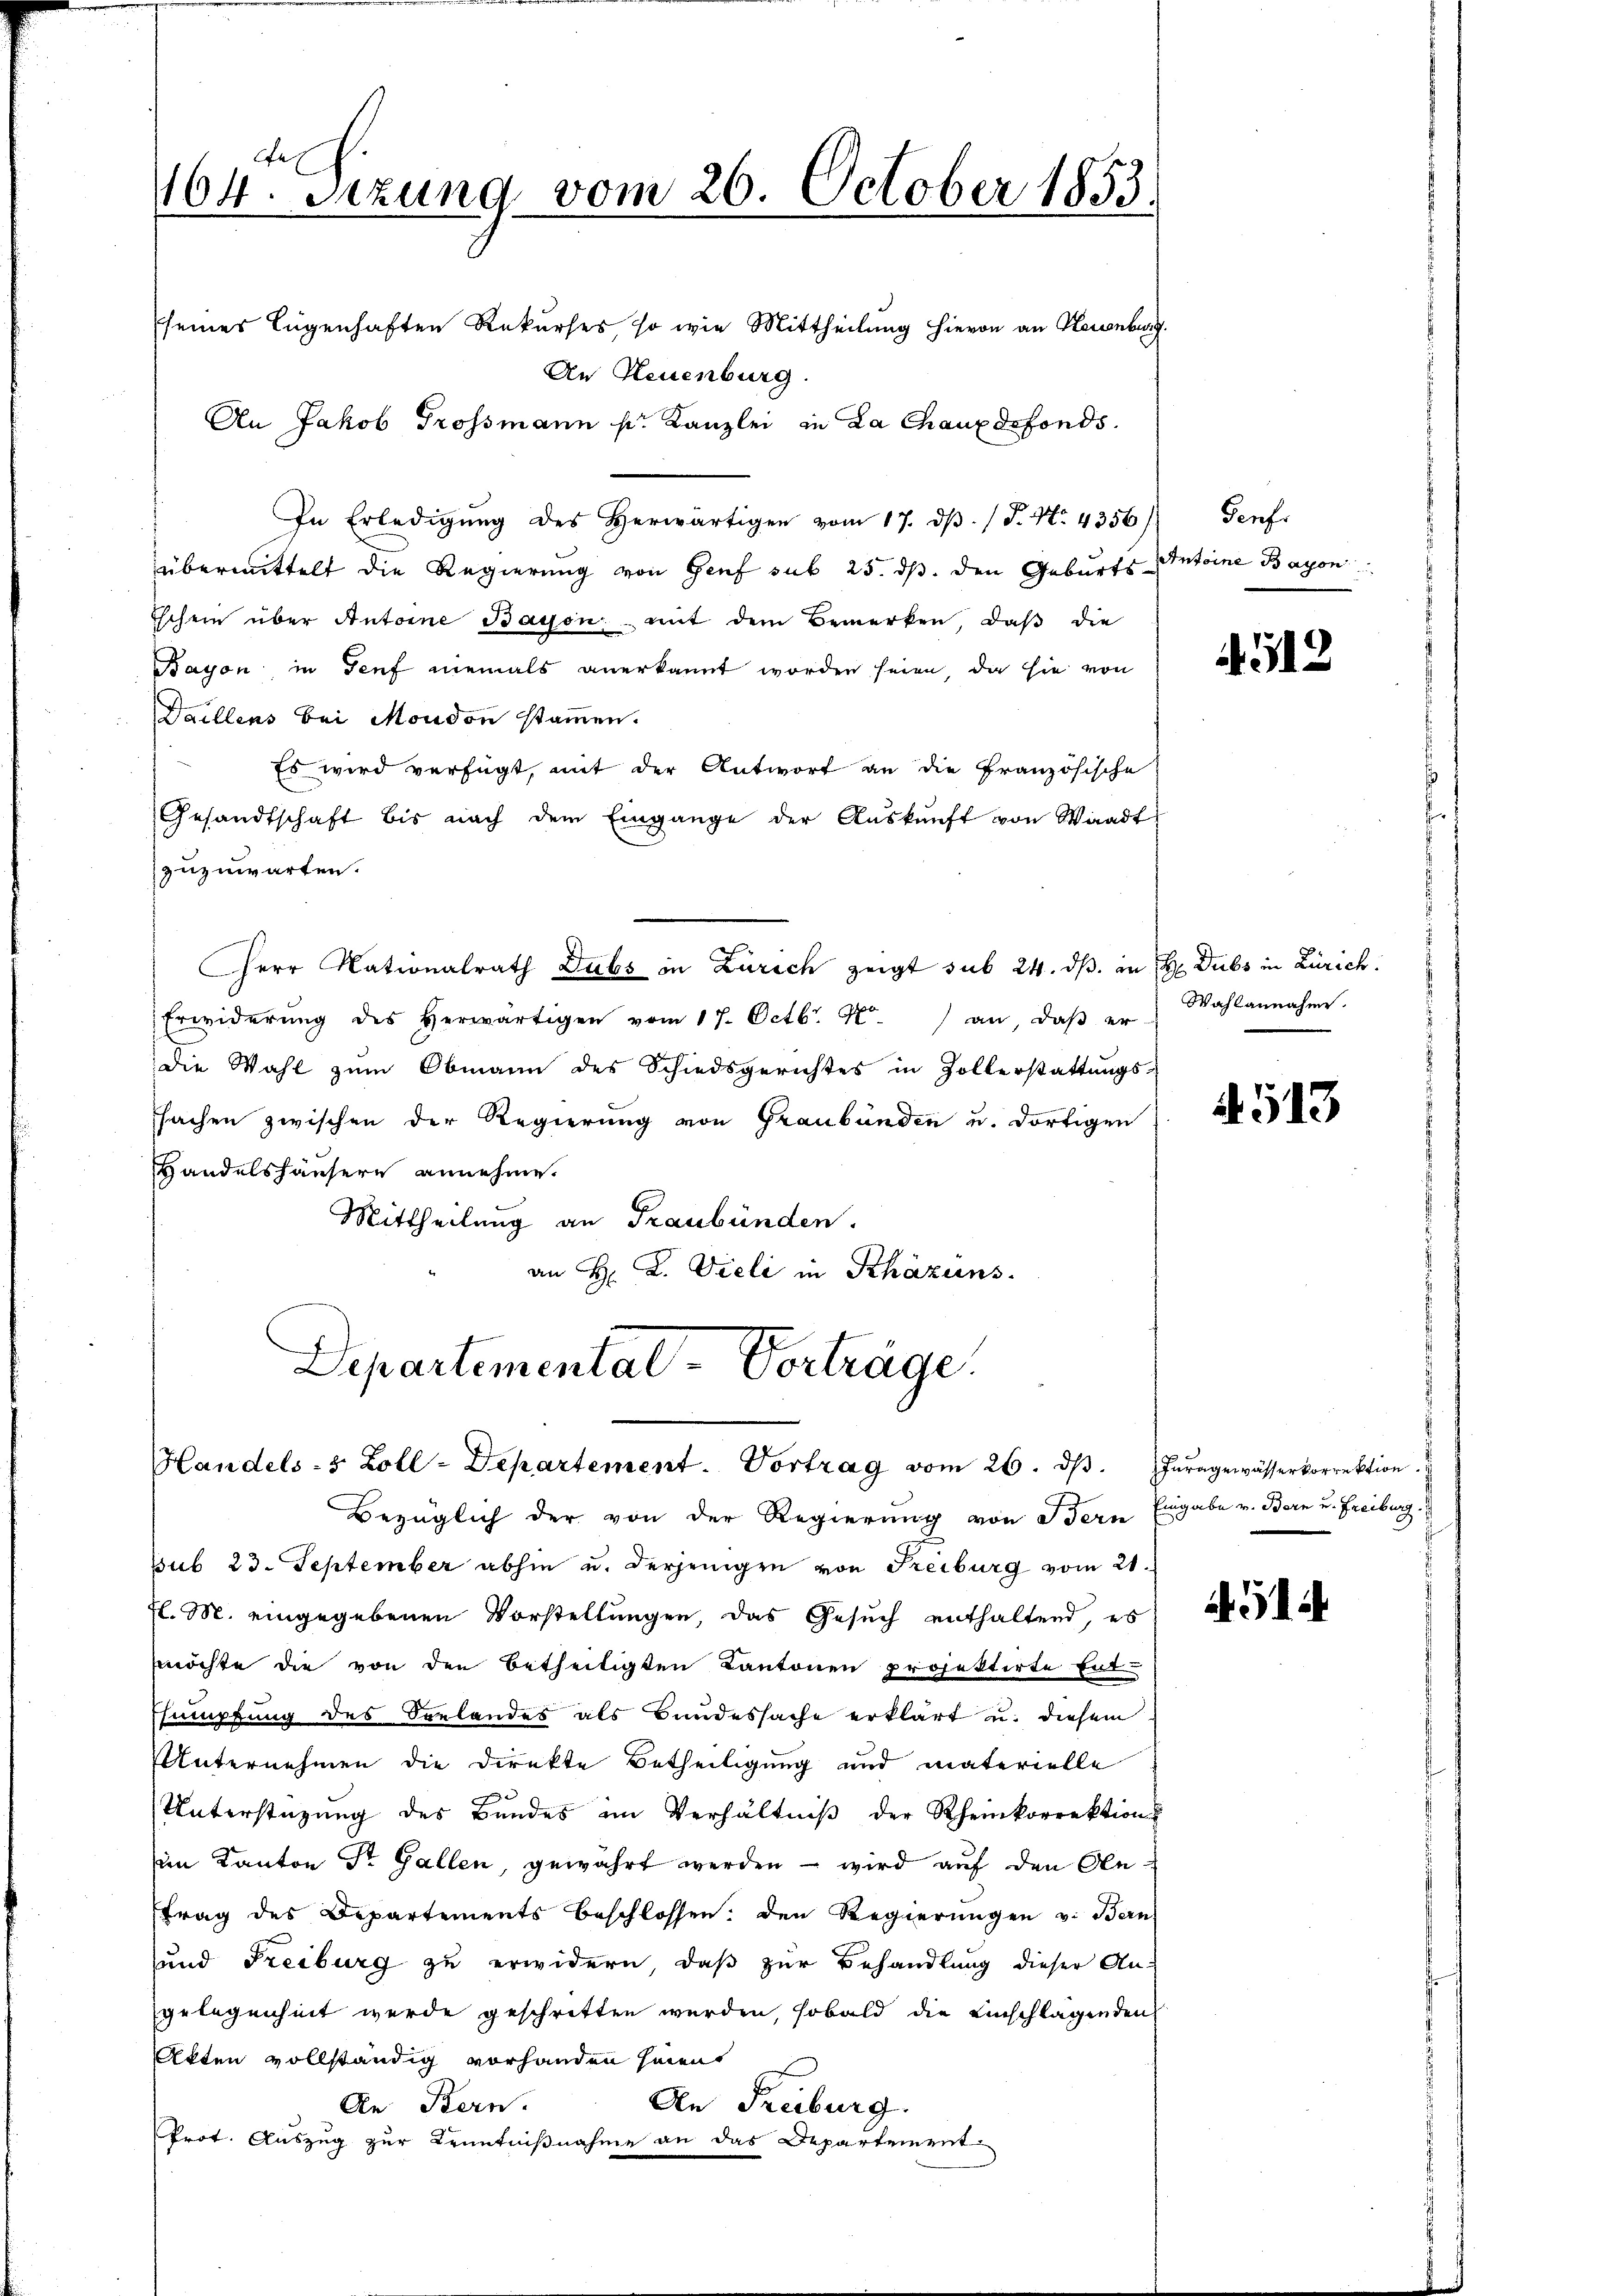
An Jakob Grossmann pr. Kanzlei in La Chaux defonds.
In Erledigŭng des herwärtigen vom 17. dβ. / P. Nr. 4356)
übermittelt die Regierung von Genf sub 25. ds. den Geburts Antoine Baron
Eschein über Antoine Baison mit dem Bemerken, daβ die
Bayon, in Teuf niemals anerkannt worden seien, da sie von
Daillens bei Moudon stammen.
Es wird verfügt, mit der Antwort an die Französische
Gesandtschaft bis nach dem Eingange der Aŭskŭnft von Waadt
zuzuwarten.
Herr Nationalrath Dubs in Zürich zeigt sub 24. dß. in H Dubs in Zürich.
Erwiderŭng des herwärtigen vom 17. Octbr. 18. an, daβ er
die Wahl zum Obmann des Schiedsgerichtes in Zollerstattungs-
sachen zwischen der Regierung von Graubünden u. dortigen
Handelshäusern annehme.
Mittheilung an Graubünden.
an H. L. Vieli in Khäzins.

A
464. Setzung vom 26. October 1853.
seines Eigenhaften Rekurses so wie Mittheilung hievon an Neuenburg.
An Neuenburg.

Departemental-Vorträge.
Handels- & Zoll-Departement. Vortrag vom 26. dβ. Jŭragewässerkorrektion.

Bezüglich der von der Regierung von dern Eingabe v. Bern u. Freiburg.
Sub 23. September abhin u. derjenigen von Freiburg vom 21.
fl. M. eingegebenen Vorstellungen, das Gesuch enthaltend, es
möchte die von den Betheiligten Kantonen projektirte Ent-
Esumpfung des Spelandes als Bundessache erklärt u. diesem
Unternehmen die Direkte Betheiligung und materielle
Unterstützung des Bundes im Verhältniβ der Rheinkorrektion
im Kanton Dr. Gallen, gewährt werden – wird auf den Obetrag des Departements beschlossen: den Regierŭngen v. Bern
und Freiburg zu erwidern, daß zur Behandlung dieser An-
gelegenheit wurde geschritten werden, sobald die einschlagenden
Akten vollständig vorhanden haient
An Bern.
An Freiburg.
Prot. Auszug zur Kenntnißnahme an das Departement

Fenfr

4512

Wahlannahme.

A 513

451